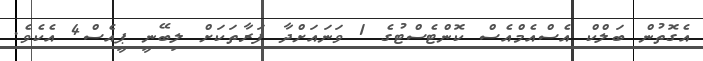
އެގޮތުން ބަލްކް އެސްއެމްއެސް ކޮންޓެސްޓުގެ 1 ވަނައަށްދާ ފަރާތަކަށް ލިބޭނީ ޕީއެސް4 އެކެވެ.